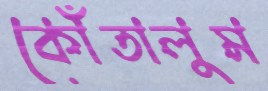
কোঁতালুম